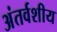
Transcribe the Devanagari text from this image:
अंतर्वशीय